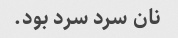
نان سرد سرد بود.